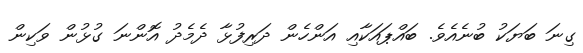
ގިނަ ބަޔަކު ބުނެއެވެ. ބައްޕައަކާއި އަންހެން ދަރިފުޅާ ދެމެދު އޮންނަ ގުޅުން ވަކިން